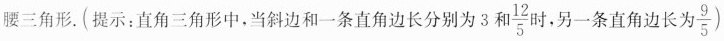
腰三角形.(提示：直角三角形中，当斜边和一条直角边长分别为3和$$\frac{12}{5}$$ 时，另一条直角边长为9\frac{9}{5})